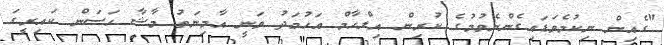
"ގެއިން ނިކުމެވަޑައިގެންނެވުމުގެ ކުރިން އިލްހާމް އަހުމަދު ވަނީ އާމިނަތު މާޝާ ހަސަން ކައިރީގަ